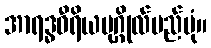
အာရဒ္ဓဝီရိယပုဂ္ဂိုလ်မည်ပုံ။